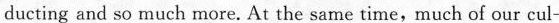
ducting and so much more. At the same time, much of our cul-